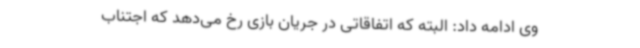
وی ادامه داد: البته که اتفاقاتی در جریان بازی رخ می‌دهد که اجتناب